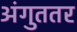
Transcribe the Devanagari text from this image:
अंगुततर